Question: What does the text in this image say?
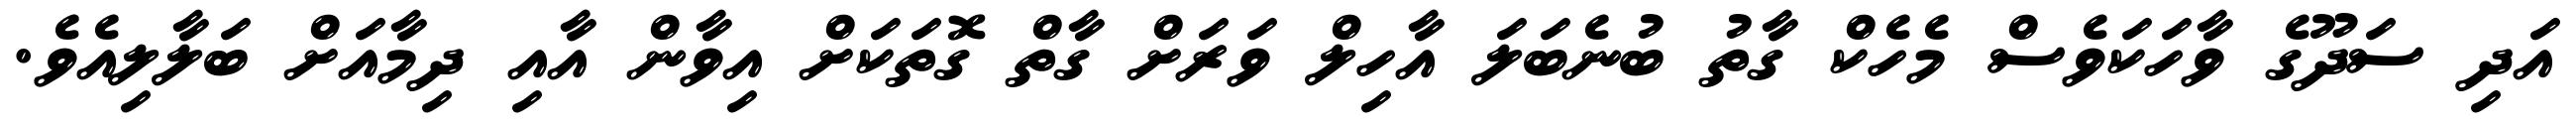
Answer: އަދި ސަދޫގެ ވާހަކަވެސް މެހެކް ގާތު ބުނެބަލަ އާހިލް ވަރަށް ގާތް ގޮތަކަށް އިވާން އާއި ދިމާއަށް ބަލާލިއެވެ.